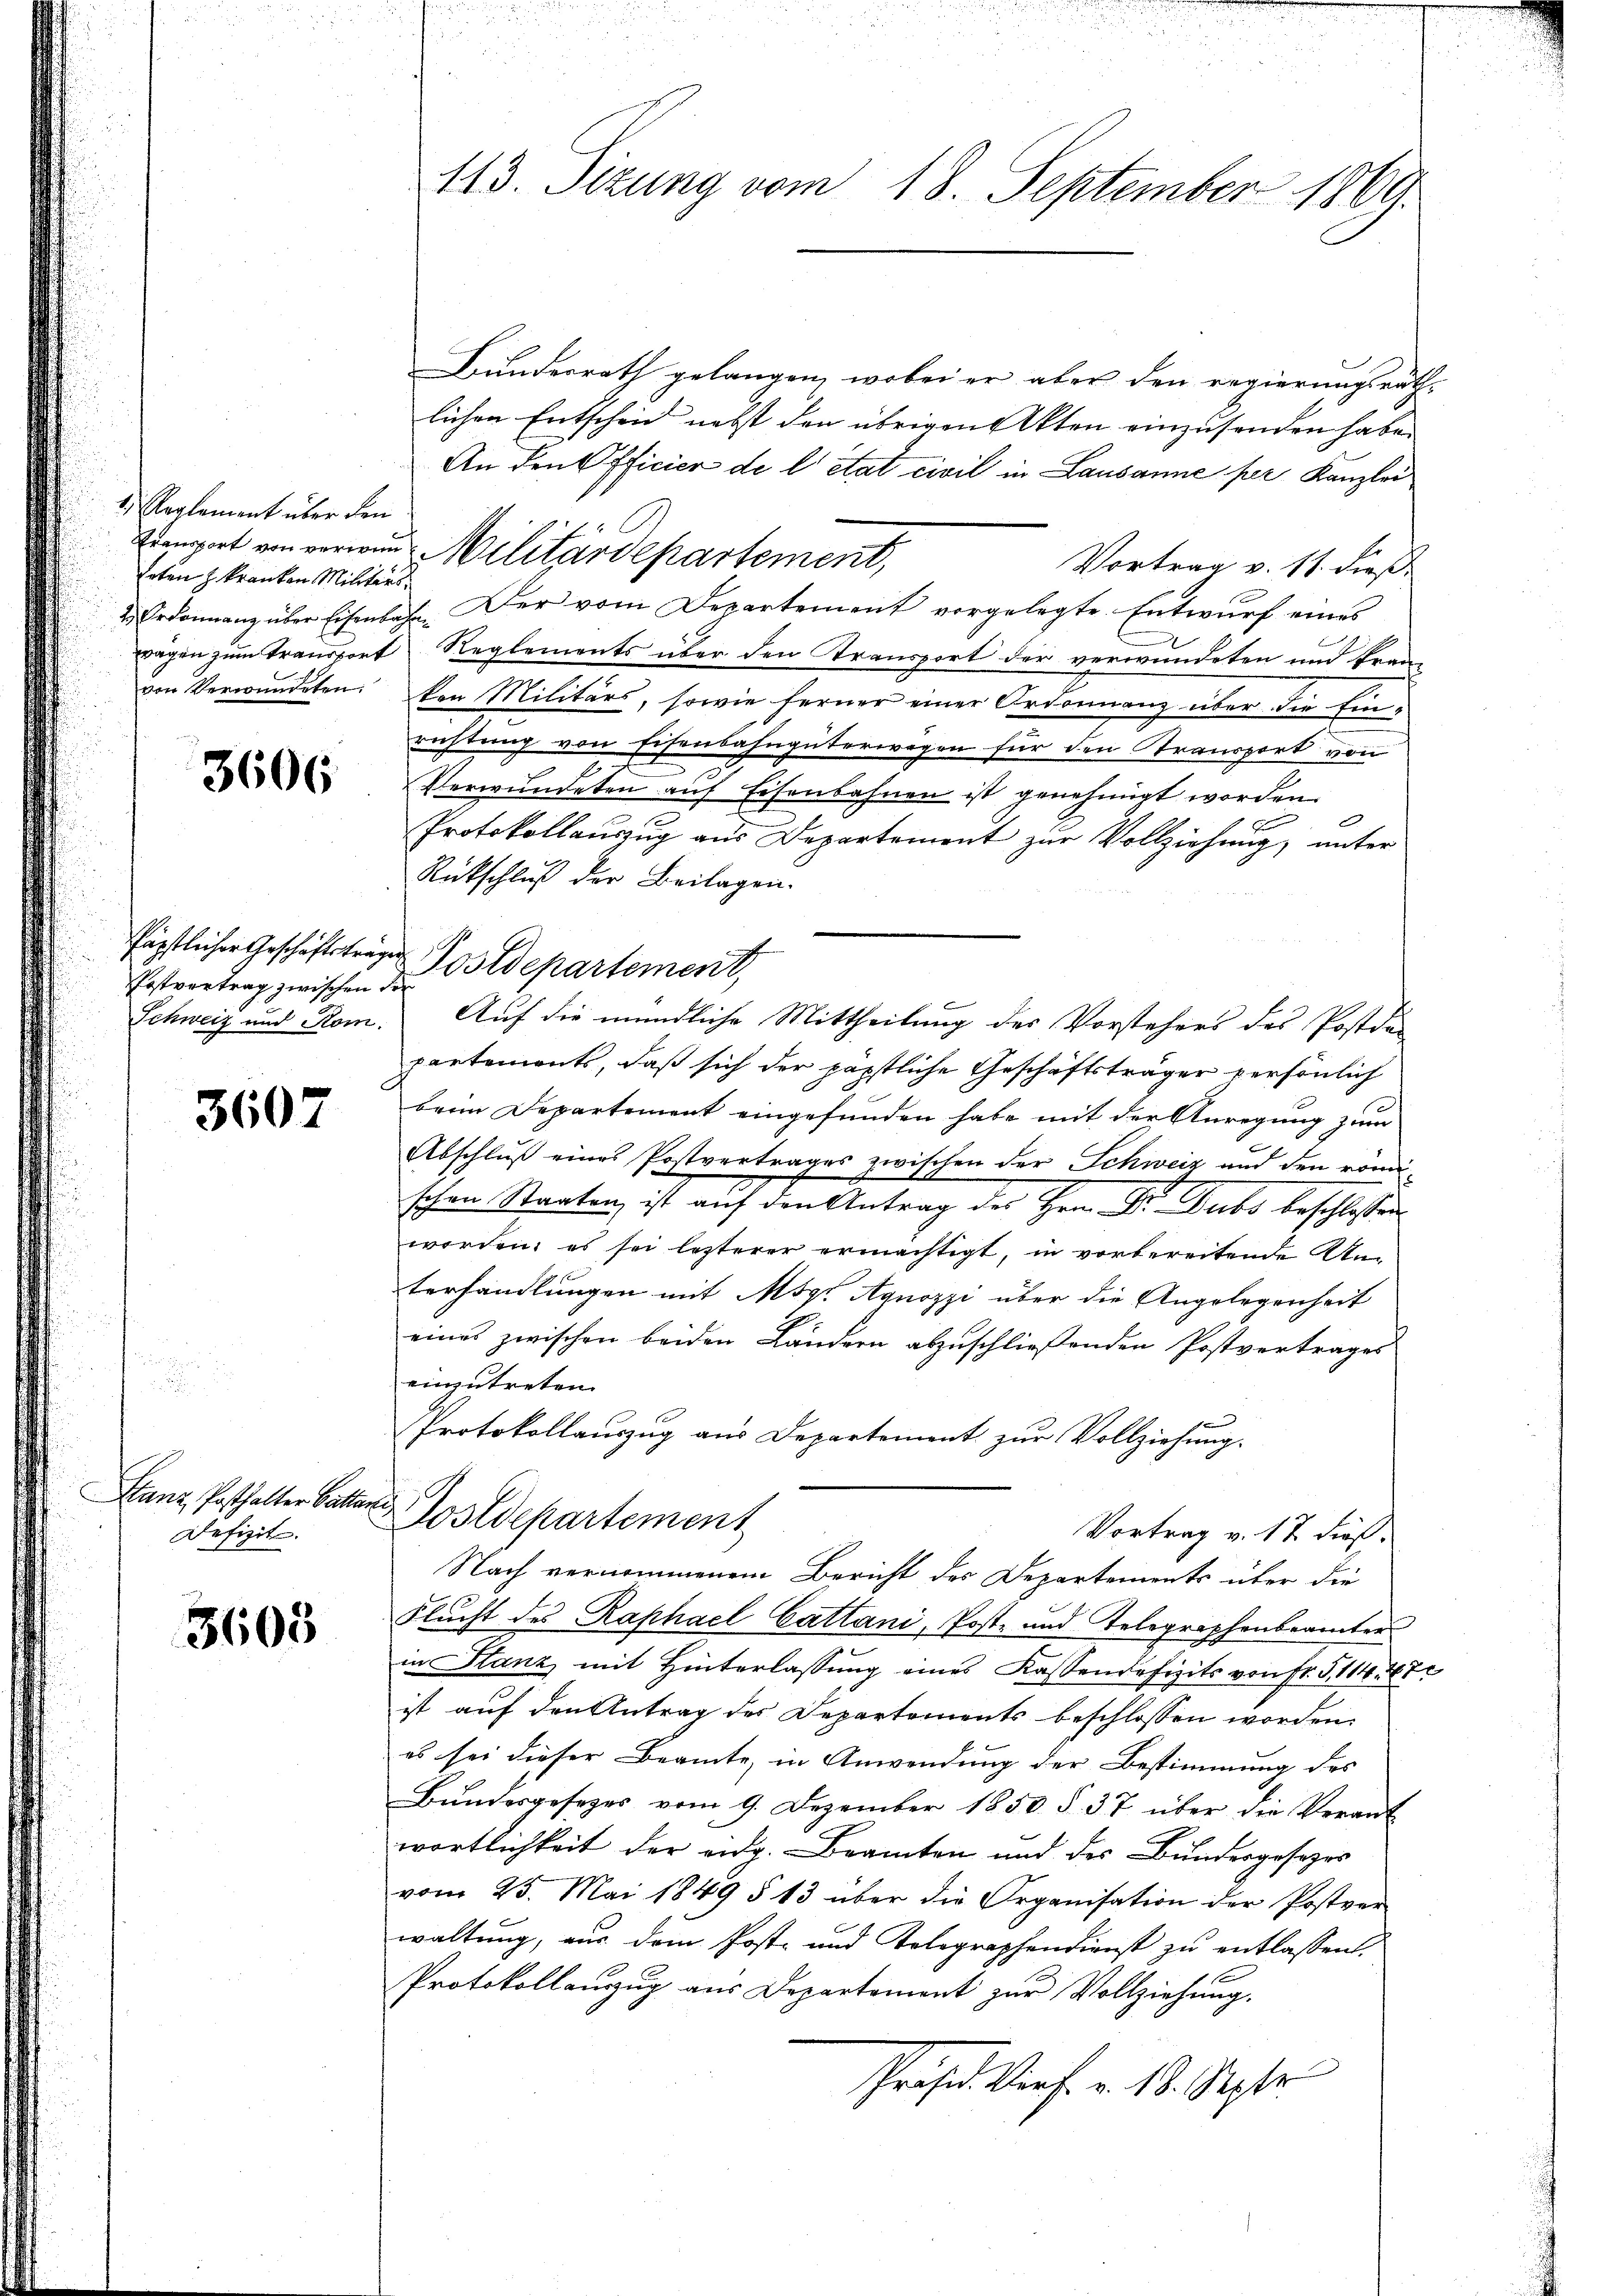
1. Reglement über den
Erten z kranken Militärs

3606

Postvertrag zwischen For

3607

Franz Posthalter Batten
Defizit.

3608

113. Sizung vom 18. September 1869.

Bundesrath gelangen, wobei er aber den regierungsräth-
lichen Entscheid nebst den übrigen Akten einzusenden habe.
An den Officier de l’état civil in Lausanne per Kanzlei
Eransport von verwunde Militärdepartement,
Vortrag v. 11. dieß.
u Ordonnanz über Eisenbahn. Der vom Departement vorgelegte Entwurf eines
wagen zum Transport Reglements über den Transport der verwundeten und kranvon Verwundeten. Den Militärs, sowie ferner einer Ordonnanz über die Einrichtung von Eisenbahngüterwägen für den Transport von
Verwundeten auf Eisenbahnen ist genehmigt worden.
n
e
Protokollauszug aus Departement zur Vollziehung, unter
Rückschluß der Beilagen.
Schweiz und Rom. Auf die mündliche Mittheilung des Vorstehers des Postde-
partements, daß sich der päpstliche Geschäftsträger persönlich
beim Departement eingefunden habe mit der Anregung zum
Abschluß eines Postvertrages zwischen der Schweiz und den römi
schen Staaten ist auf den Antrag des Hrn. Dr. Dubs beschlossen
worden; es sei lezterer ermächtigt, in vorbereitende Unterhandlungen mit Msgr Aquozzi über die Angelegenheit
eines zwischen beiden Ländern abzuschließenden Postvertrages
einzutreten.
Protokollauszug aus Departement zur Vollziehung.
l
Dostdepartement
Vortrag v. 17 Fröß¬
Nach vernommenem Bericht des Departements über die
Flucht des Raphael Cattani, Post- und Telegraphenbeamter
in Stanz mit Hinterlassung eines Kassendefizits von Fr. 511467
ist auf den Antrag des Departements beschlossen worden.
es sei dieser Beamte, in Anwendung der Bestimmung des
Bundesgesezes vom 9. Dezember 1850. §. 37 über die Verant
wortlichkeit der eidg. Beamten und des Bundesgesezes
vom 25. Mai 1849 § 13 über die Organisation der Postver
waltung, aus dem Post- und Telegraphendienst zu entlassen,
Protokollenzŭg aŭs Departement zŭr Vollziehung.
Präses Verh. v. 18. Septr.

fäpstlicher Geschäftsträger Postdepartement,